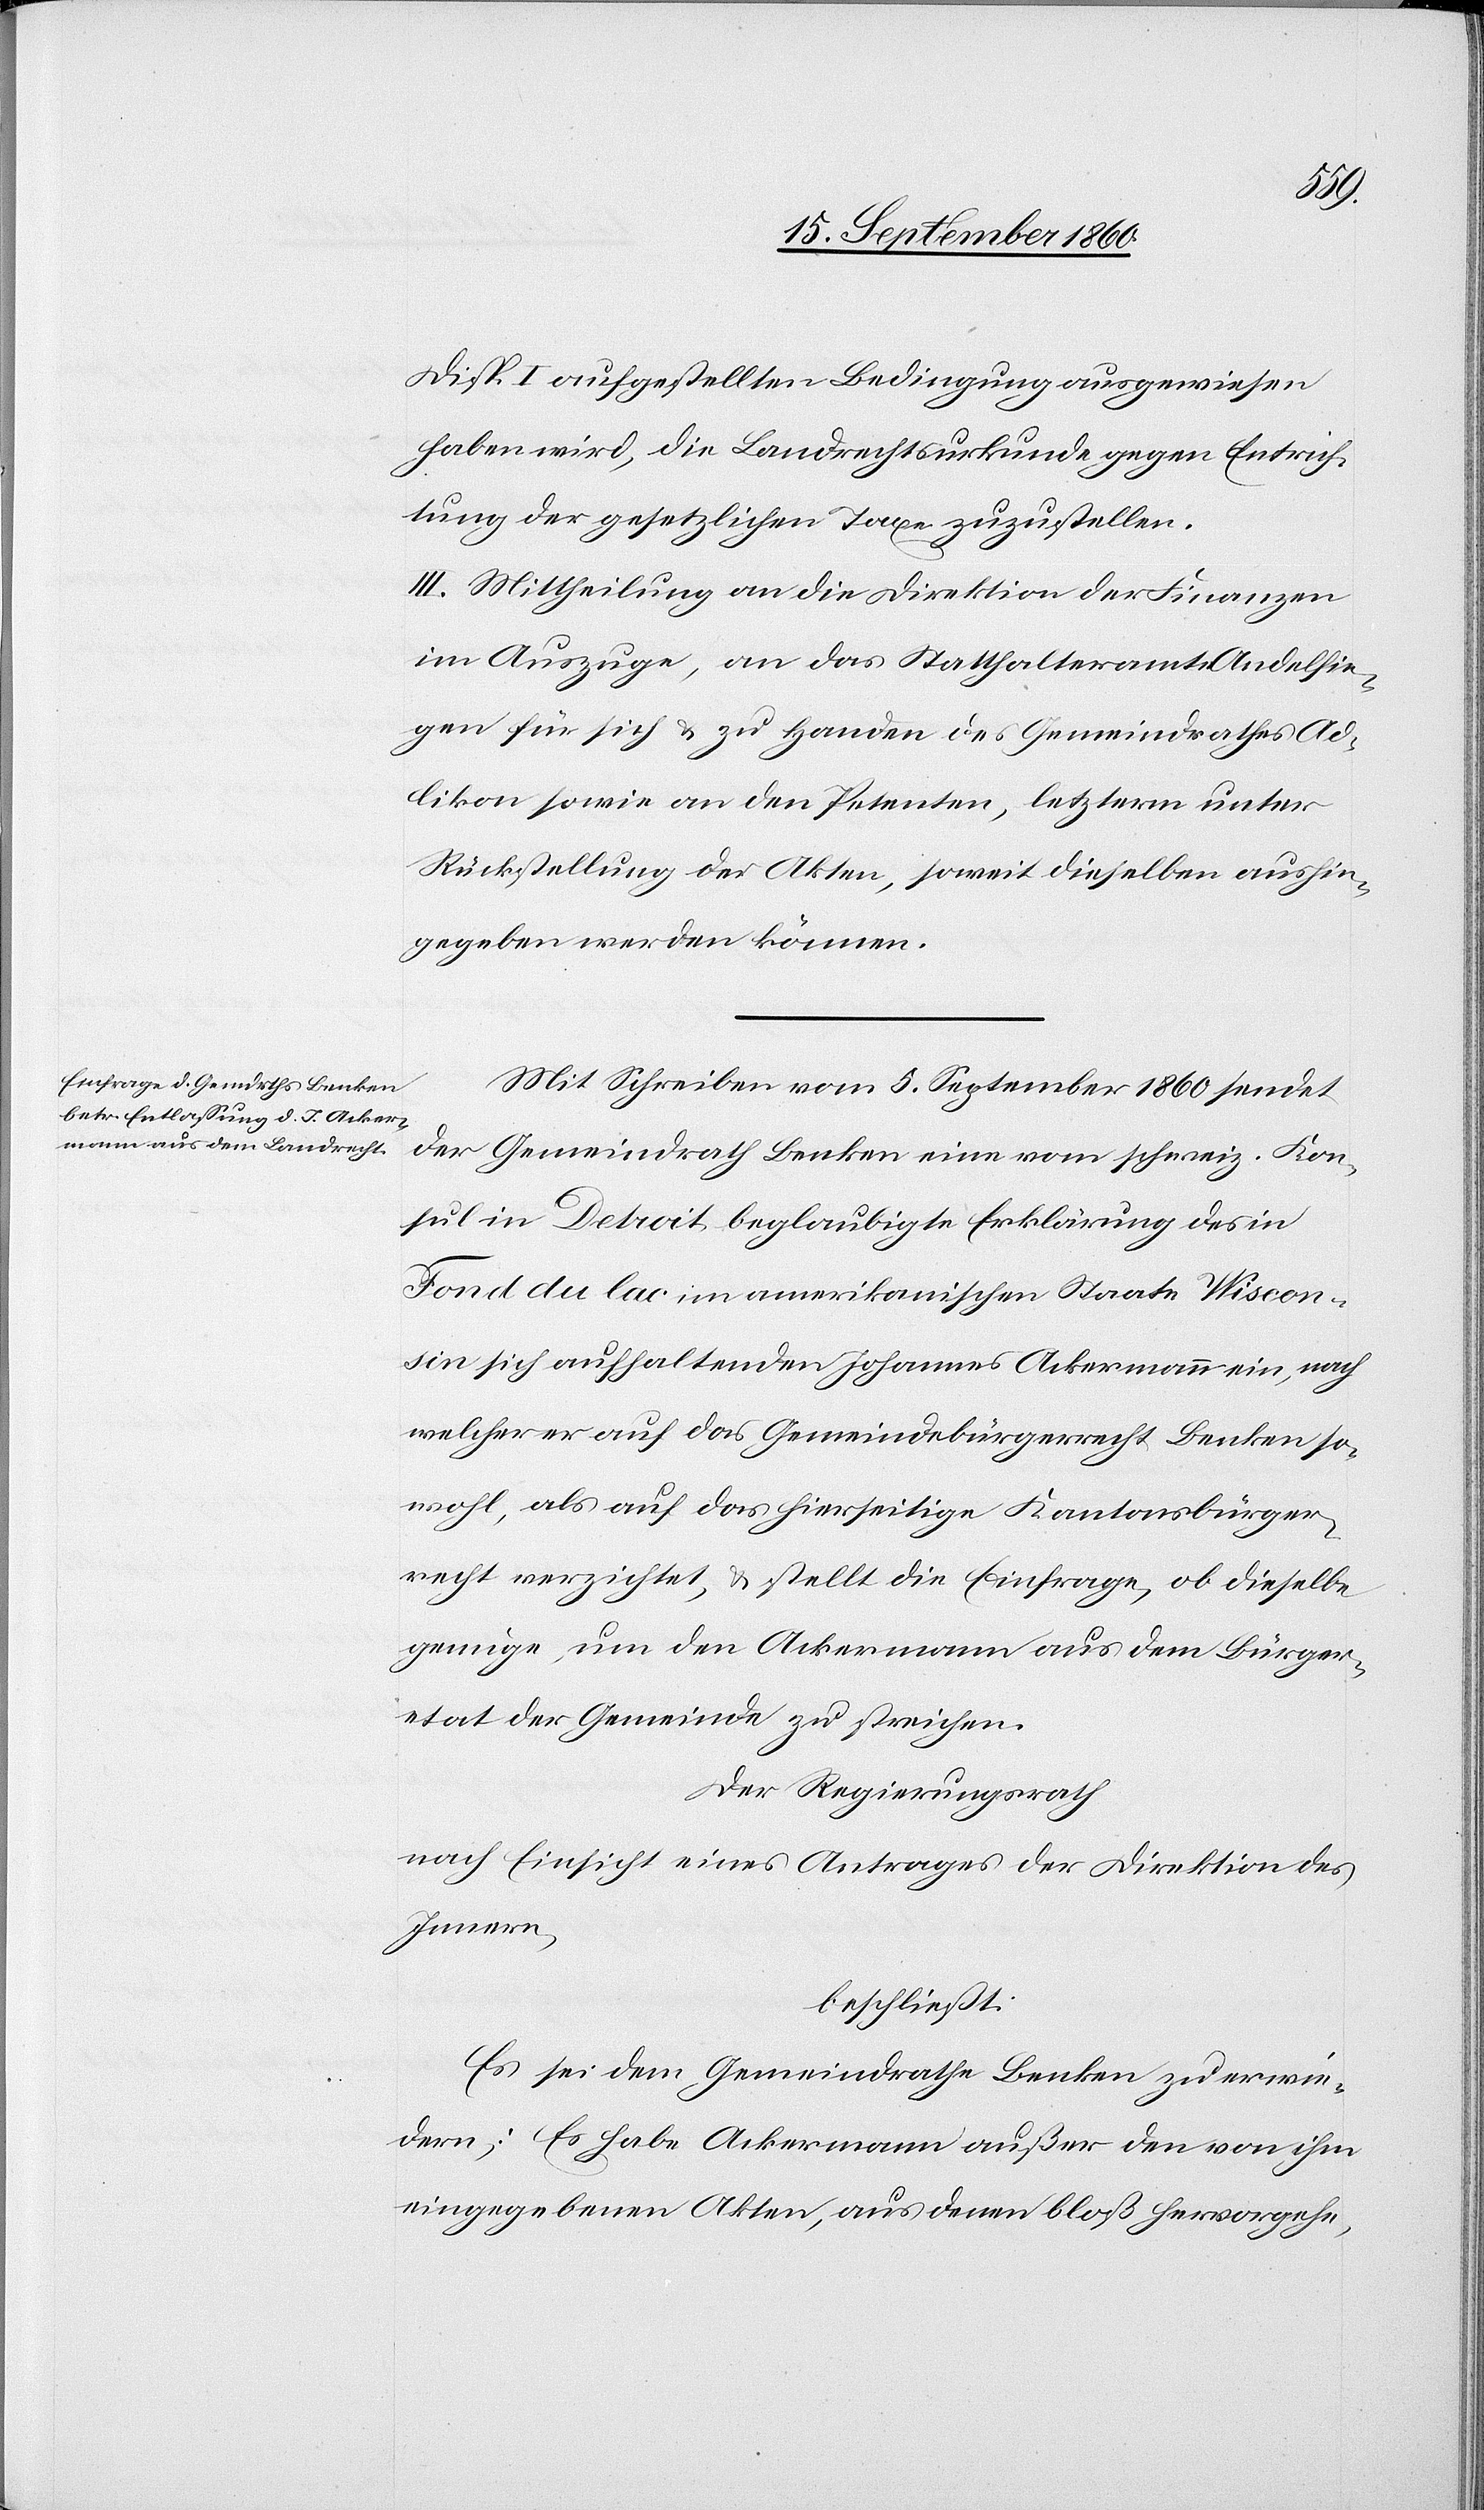
Disp. I aufgestellten Bedingung ausgewiesen
haben wird, die Landrechtsurkunde gegen Entrich¬
tung der gesetzlichen Taxe zuzustellen.
III. Mittheilung an die Direktion der Finanzen
im Auszuge, an das Statthalteramt Andelfin¬
gen für sich u. zu Handen des Gemeindrathes Ad¬
likon sowie an den Petenten, letzterm unter
Rückstellung der Akten, soweit dieselben aushin¬
gegeben werden können.
Mit Schreiben vom 5. September 1860 sendet
der Gemeindrath Benken eine vom schweiz. Kon¬
sulat in Detroit beglaubigte Erklärung des in
Fond du lac im amerikanischen Staate Wiscon¬
sin sich aufhaltenden Johannes Ackermann ein, nach
welcher er auf das Gemeindebürgerrecht Benken so¬
wohl, als auf das hierseitige Kantonsbürger¬
recht verzichtet, u. stellt die Einfrage, ob dieselbe
genüge, um den Ackermann aus dem Bürger¬
etat der Gemeinde zu streichen.
Der Regierungsrath
nach Einsicht eines Antrages der Direktion des
Innern,
beschließt:
Es sei dem Gemeindrathe Benken zu erwie¬
dern: Es habe Ackermann außer den von ihm
eingegebenen Akten, aus denen bloß hervorgehe,